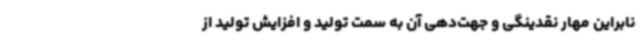
نابراین مهار نقدینگی و جهت‌دهی آن به سمت تولید و افزایش تولید از